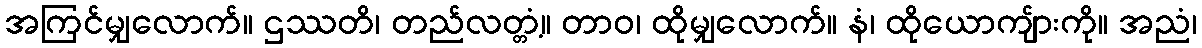
အကြင်မျှလောက်။ ဌဿတိ၊ တည်လတ္တံ့။ တာဝ၊ ထိုမျှလောက်။ နံ၊ ထိုယောကျ်ားကို။ အညံ၊